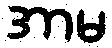
အာမ